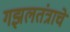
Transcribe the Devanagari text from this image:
गझलतंत्राचे